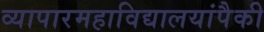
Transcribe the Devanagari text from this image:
व्यापारमहाविद्यालयांपैकी